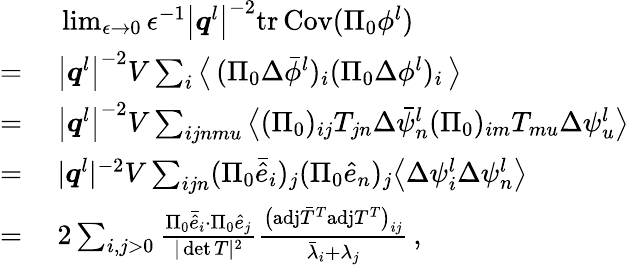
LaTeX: \begin{array}{rl}&{~\operatorname*{lim}_{\epsilon\rightarrow 0}\epsilon^{-1}\big\vert\boldsymbol{q}^{l}\big\vert^{-2}\mathrm{tr}\, {\mathrm{Cov}(\Pi_{0}{\phi}^{l})}}\\ {=}&{~\big\vert\boldsymbol{q}^{l}\big\vert^{-2}V\sum_{i}\big\langle\, (\Pi_{0}\Delta\bar{\phi}^{l})_{i}(\Pi_{0}\Delta{\phi}^{l})_{i}\, \big\rangle}\\ {=}&{~\big\vert\boldsymbol{q}^{l}\big\vert^{-2}V\sum_{ijnmu}\big\langle(\Pi_{0})_{ij}T_{jn}\Delta\bar{\psi}_{n}^{l}(\Pi_{0})_{im}T_{mu}\Delta\psi_{u}^{l}\big\rangle}\\ {=}&{~\vert\boldsymbol{q}^{l}\vert^{-2}V\sum_{ijn}(\Pi_{0}\bar{\hat{e}}_{i})_{j}(\Pi_{0}\hat{e}_{n})_{j}\big\langle\Delta\psi_{i}^{l}\Delta\psi_{n}^{l}\big\rangle}\\ {=}&{~2\sum_{i,j>0}\frac{\Pi_{0}\bar{\hat{e}}_{i}\cdot\Pi_{0}\hat{e}_{j}}{\vert\operatorname*{det}T\vert^{2}}\frac{\big(\mathrm{adj}\bar{T}^{T}\mathrm{adj}T^{T}\big)_{ij}}{\bar{\lambda}_{i}+\lambda_{j}}\, ,}\end{array}